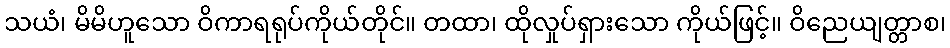
သယံ၊ မိမိဟူသော ဝိကာရရုပ်ကိုယ်တိုင်။ တထာ၊ ထိုလှုပ်ရှားသော ကိုယ်ဖြင့်။ ဝိညေယျတ္တာစ၊